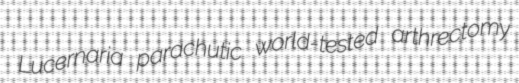
Lucernaria parachutic world-tested arthrectomy